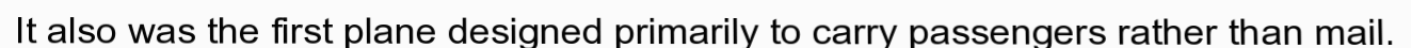
It also was the first plane designed primarily to carry passengers rather than mail.